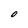
Character: O